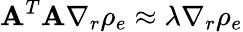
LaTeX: {\mathbf A}^{T}{\mathbf A}\nabla_{r}\rho_{e}\approx\lambda\nabla_{r}\rho_{e}